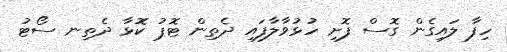
ހިފާ ލައިގެން ގޮސް ފޮށި ހުޅުވާލާފައި ދެތިން ޓޮޕު ކޮޅާ ދެތިނ ސޯޓު